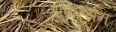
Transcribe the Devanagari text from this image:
अपारसेन